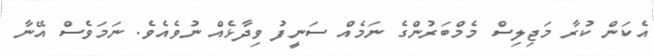
އެކަން ކުރާ މަޖިލިސް މެމްބަރުންގެ ނަމެއް ސަނީފު ވިދާޅެއް ނުވެއެވެ. ނަމަވެސް އޭނާ